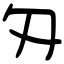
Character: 匁